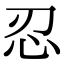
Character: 忍